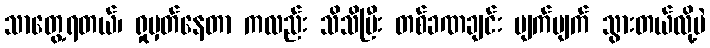
သာတွေ့ရတယ်၊ ရှုမှတ်နေတာ ကလည်း သိသိပြီး တစ်ခဏချင်း ပျက်ပျက် သွားတယ်လို့ပဲ